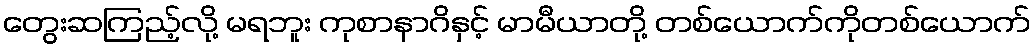
တွေးဆကြည့်လို့ မရဘူး ကုစာနာဂိနှင့် မာမီယာတို့ တစ်ယောက်ကိုတစ်ယောက်